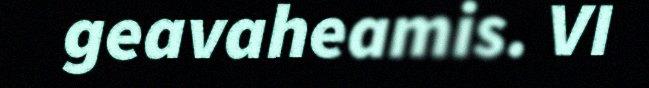
geavaheamis. VI